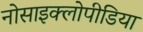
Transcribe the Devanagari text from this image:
नोसाइक्लोपीडिया